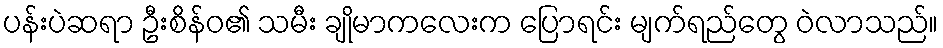
ပန်းပဲဆရာ ဦးစိန်ဝ၏ သမီး ချိုမာကလေးက ပြောရင်း မျက်ရည်တွေ ဝဲလာသည်။